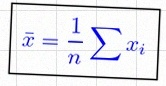
\bar{x}=\frac1n\sum x_i